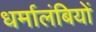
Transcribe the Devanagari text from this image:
धर्मालंबियों